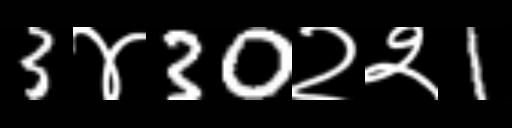
Text: 3४30२२1